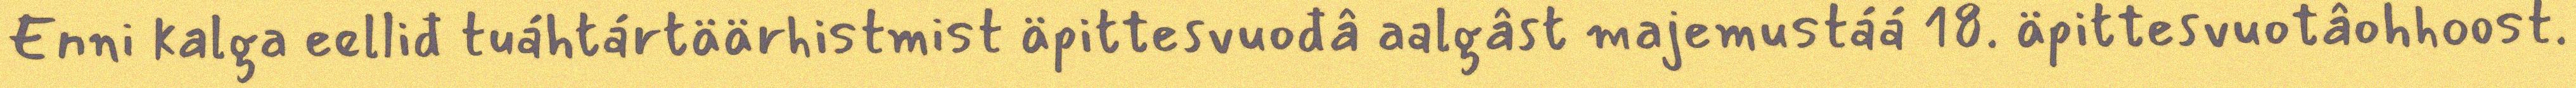
Enni kalga eelliđ tuáhtártäärhistmist äpittesvuođâ aalgâst majemustáá 18. äpittesvuotâohhoost.